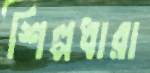
শিল্পধারা